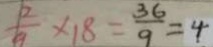
\frac { 2 } { 9 } \times 1 8 = \frac { 3 6 } { 9 } = 4